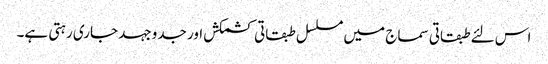
اس لئے طبقاتی سماج میں مسلسل طبقاتی کشمکش اور جدوجہد جاری رہتی ہے۔